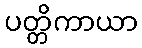
ပတ္တိကာယာ